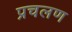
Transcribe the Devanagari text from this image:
प्रचलण